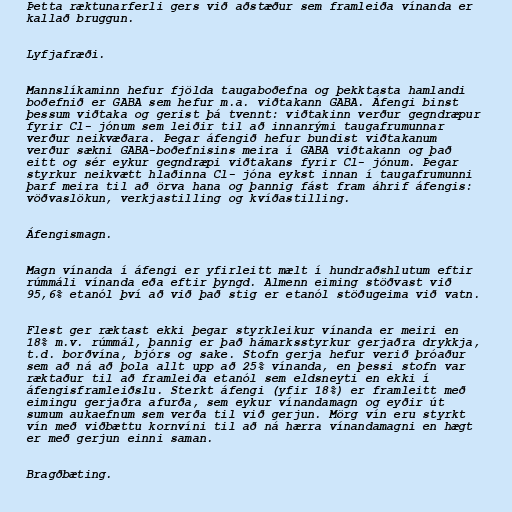
Þetta ræktunarferli gers við aðstæður sem framleiða vínanda er
kallað bruggun.

Lyfjafræði.

Mannslíkaminn hefur fjölda taugaboðefna og þekktasta hamlandi
boðefnið er GABA sem hefur m.a. viðtakann GABA. Áfengi binst
þessum viðtaka og gerist þá tvennt: viðtakinn verður gegndræpur
fyrir Cl- jónum sem leiðir til að innanrými taugafrumunnar
verður neikvæðara. Þegar áfengið hefur bundist viðtakanum
verður sækni GABA-boðefnisins meira í GABA viðtakann og það
eitt og sér eykur gegndræpi viðtakans fyrir Cl- jónum. Þegar
styrkur neikvætt hlaðinna Cl- jóna eykst innan í taugafrumunni
þarf meira til að örva hana og þannig fást fram áhrif áfengis:
vöðvaslökun, verkjastilling og kvíðastilling.

Áfengismagn.

Magn vínanda í áfengi er yfirleitt mælt í hundraðshlutum eftir
rúmmáli vínanda eða eftir þyngd. Almenn eiming stöðvast við
95,6% etanól því að við það stig er etanól stöðugeima við vatn.

Flest ger ræktast ekki þegar styrkleikur vínanda er meiri en
18% m.v. rúmmál, þannig er það hámarksstyrkur gerjaðra drykkja,
t.d. borðvína, bjórs og sake. Stofn gerja hefur verið þróaður
sem að ná að þola allt upp að 25% vínanda, en þessi stofn var
ræktaður til að framleiða etanól sem eldsneyti en ekki í
áfengisframleiðslu. Sterkt áfengi (yfir 18%) er framleitt með
eimingu gerjaðra afurða, sem eykur vínandamagn og eyðir út
sumum aukaefnum sem verða til við gerjun. Mörg vín eru styrkt
vín með viðbættu kornvíni til að ná hærra vínandamagni en hægt
er með gerjun einni saman.

Bragðbæting.